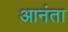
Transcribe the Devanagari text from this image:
आनंता